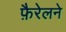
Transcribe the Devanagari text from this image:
फ़ैरेलने